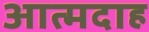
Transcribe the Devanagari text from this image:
आत्‍मदाह